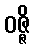
ဝဇ္ဇိ